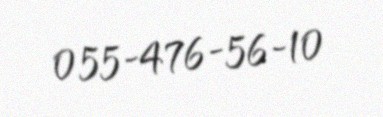
055-476-56-10